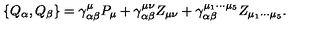
\left\{ Q _ { \alpha } , Q _ { \beta } \right\} = \gamma _ { \alpha \beta } ^ { \mu } P _ { \mu } + \gamma _ { \alpha \beta } ^ { \mu \nu } Z _ { \mu \nu } + \gamma _ { \alpha \beta } ^ { \mu _ { 1 } \cdots \mu _ { 5 } } Z _ { \mu _ { 1 } \cdots \mu _ { 5 } } .